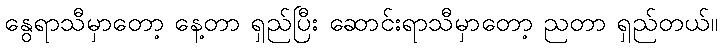
နွေရာသီမှာတော့ နေ့တာ ရှည်ပြီး ဆောင်းရာသီမှာတော့ ညတာ ရှည်တယ်။